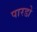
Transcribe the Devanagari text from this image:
पारडो